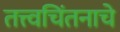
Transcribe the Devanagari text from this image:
तत्त्वचिंतनाचे